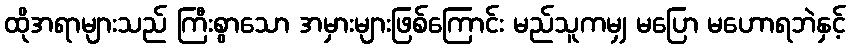
ထိုအရာများသည် ကြီးစွာသော အမှားများဖြစ်ကြောင်း မည်သူကမျှ မပြော မဟောရဘဲနှင့်